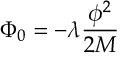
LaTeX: \Phi _ { 0 } = - \lambda \frac { \phi ^ { 2 } } { 2 M }